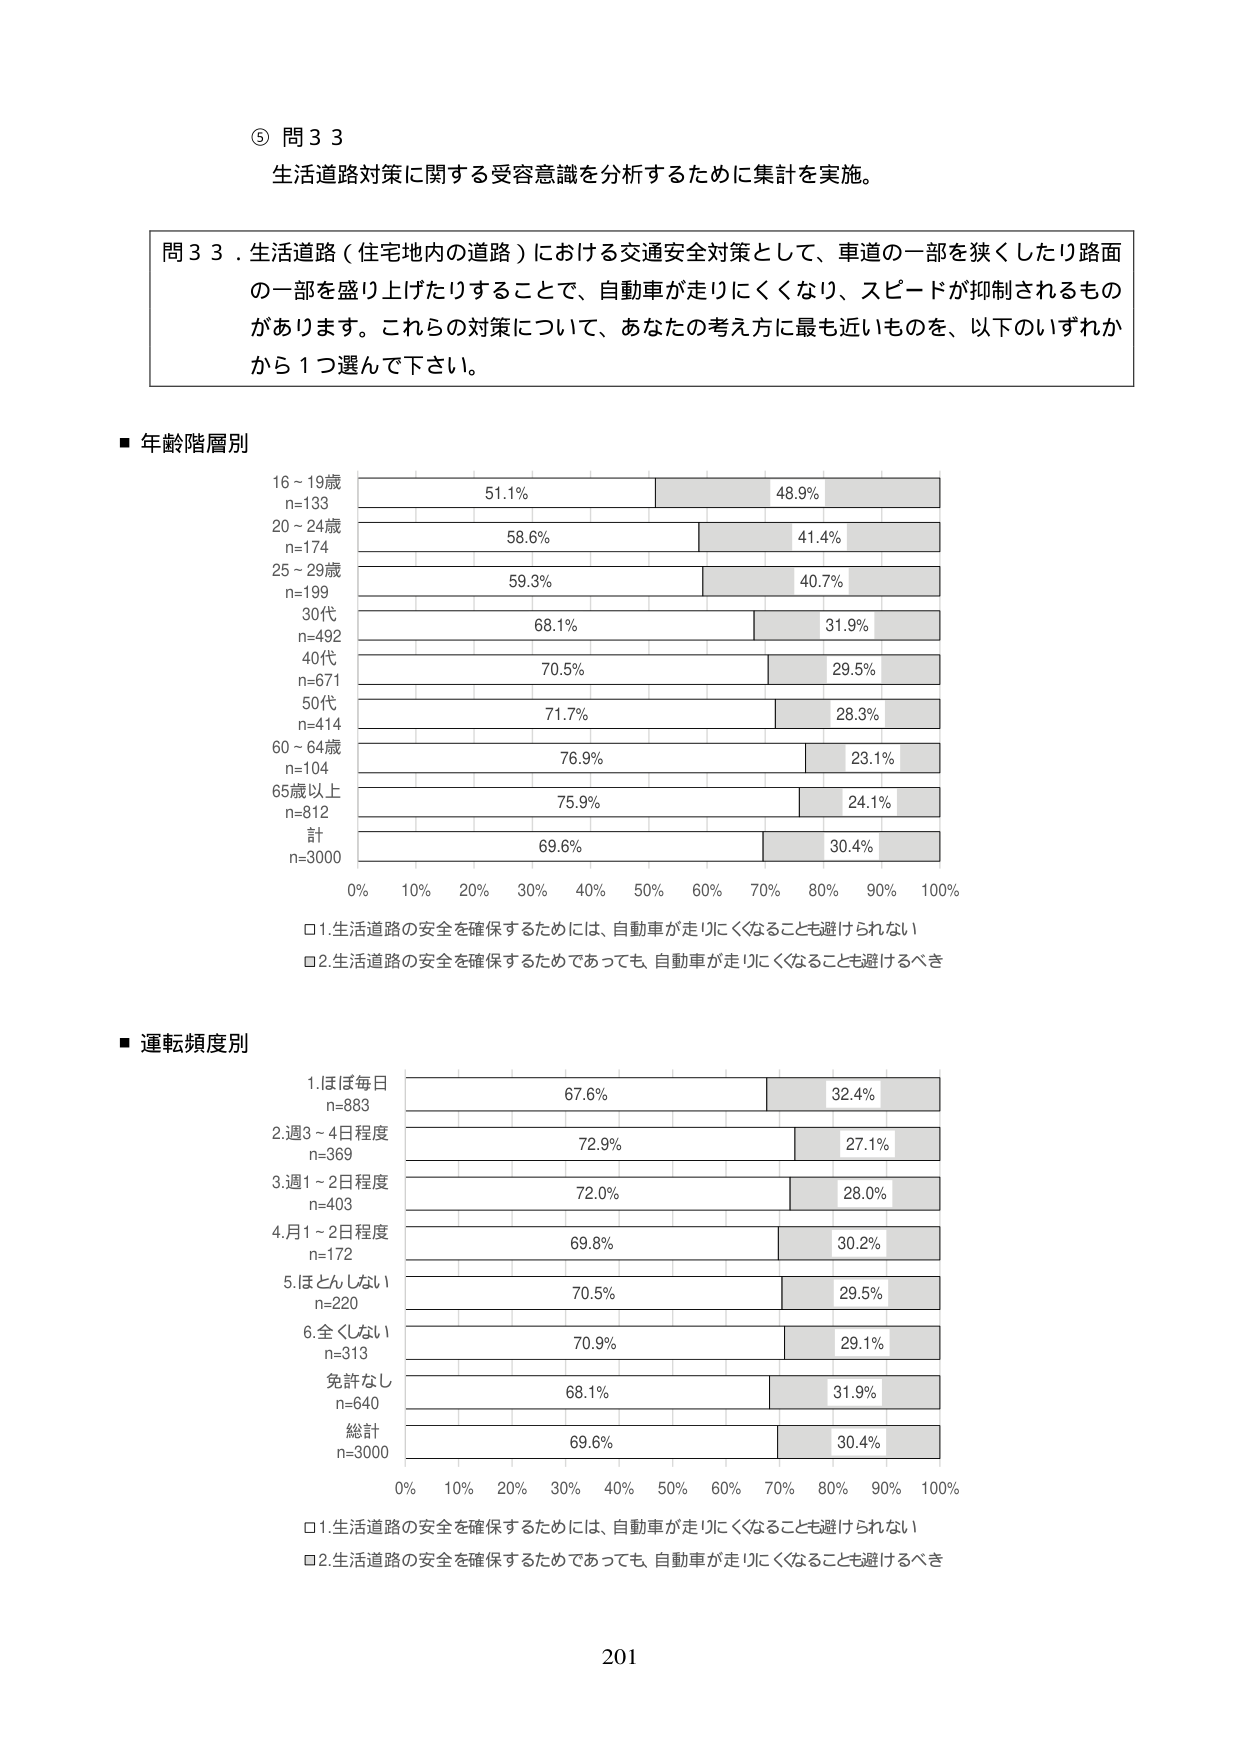
⑤ 問３３
生活道路対策に関する受容意識を分析するために集計を実施。

問３３．生活道路（住宅地内の道路）における交通安全対策として、車道の一部を狭くしたり路面の一部を盛り上げたりすることで、自動車が走りにくくなり、スピードが抑制されるものがあります。これらの対策について、あなたの考え方に最も近いものを、以下のいずれかから１つ選んで下さい。

■ 年齢階層別
16～19歳
n=133
51.1%　48.9%
20～24歳
n=174
58.6%　41.4%
25～29歳
n=199
59.3%　40.7%
30代
n=492
68.1%　31.9%
40代
n=671
70.5%　29.5%
50代
n=414
71.7%　28.3%
60～64歳
n=104
76.9%　23.1%
65歳以上
n=812
75.9%　24.1%
計
n=3000
69.6%　30.4%
0%　10%　20%　30%　40%　50%　60%　70%　80%　90%　100%
□1.生活道路の安全を確保するためには、自動車が走りにくくなることも避けられない
□2.生活道路の安全を確保するためであっても、自動車が走りにくくなることも避けるべき

■ 運転頻度別
1.ほぼ毎日
n=883
67.6%　32.4%
2.週3～4日程度
n=369
72.9%　27.1%
3.週1～2日程度
n=403
72.0%　28.0%
4.月1～2日程度
n=172
69.8%　30.2%
5.ほとんどしない
n=220
70.5%　29.5%
6.全くしない
n=313
70.9%　29.1%
免許なし
n=640
68.1%　31.9%
総計
n=3000
69.6%　30.4%
0%　10%　20%　30%　40%　50%　60%　70%　80%　90%　100%
□1.生活道路の安全を確保するためには、自動車が走りにくくなることも避けられない
□2.生活道路の安全を確保するためであっても、自動車が走りにくくなることも避けるべき

201